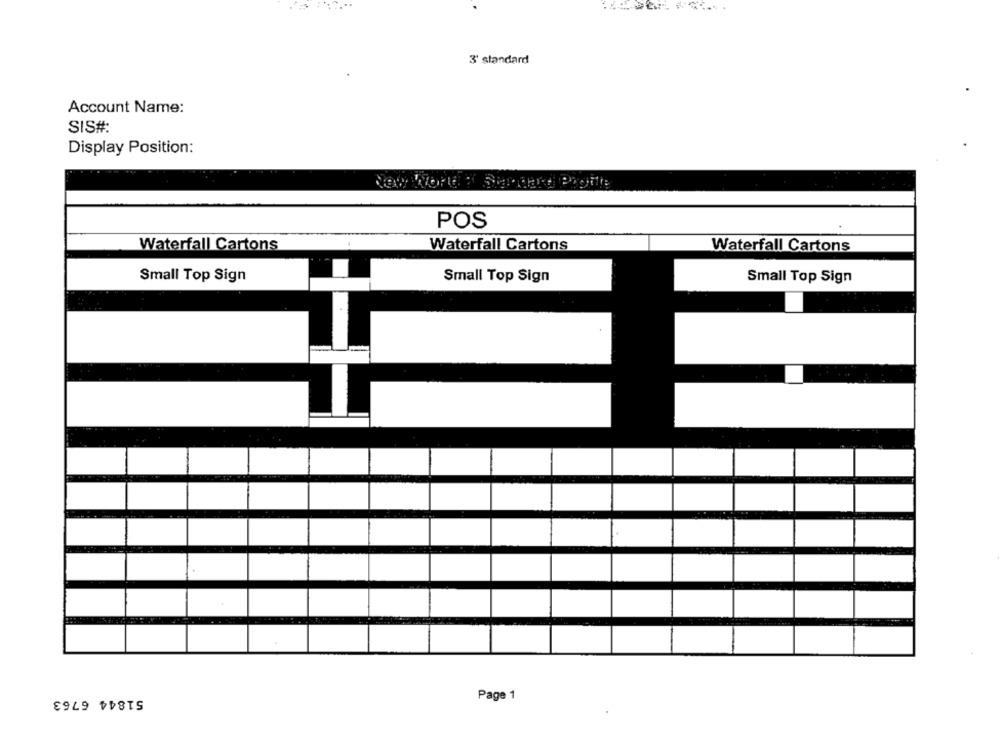
3' standard
Account Name:
SIS#:
Display Position:
Shephard Prode
POS
Waterfall Cartons
Waterfall Cartons
Waterfall Cartons
Small Top Sign
Small Top Sign
Small Top Sign
51844 6763
Page 1